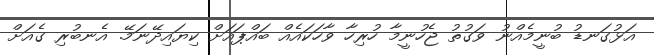
އަޅުގަނޑު ބުނީމެއްނު ވަގުތު ޖެހުނީމާ ހުރިހާ ވާހަކައެއް ބައްޕައަށް ކިޔައިދޭނަމޭ. އެނބުރި ގެއަށް